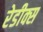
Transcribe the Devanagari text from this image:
रेडीक्स